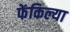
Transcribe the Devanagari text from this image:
फेंकिल्या